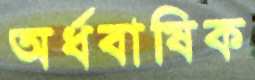
অর্ধবাষিক